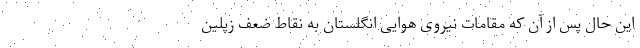
این حال پس از آن که مقامات نیروی هوایی انگلستان به نقاط ضعف زپلین